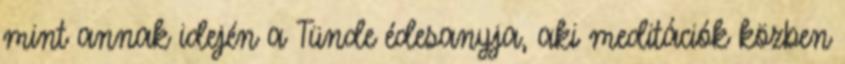
mint annak idején a Tünde édesanyja, aki meditációk közben